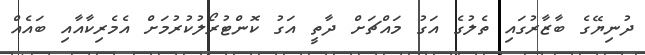
ދުނިޔޭގެ ބާޒާރުގައި ތެލުގެ އަގު މައްޗަށް ދާތީ އަގު ކޮންޓުރޯލުކުރުމަށް އެމެރިކާއާއި ބައެއް